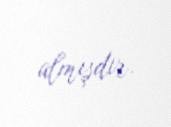
almışdır.